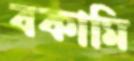
বকামি